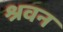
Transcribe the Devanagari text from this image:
श्रवन